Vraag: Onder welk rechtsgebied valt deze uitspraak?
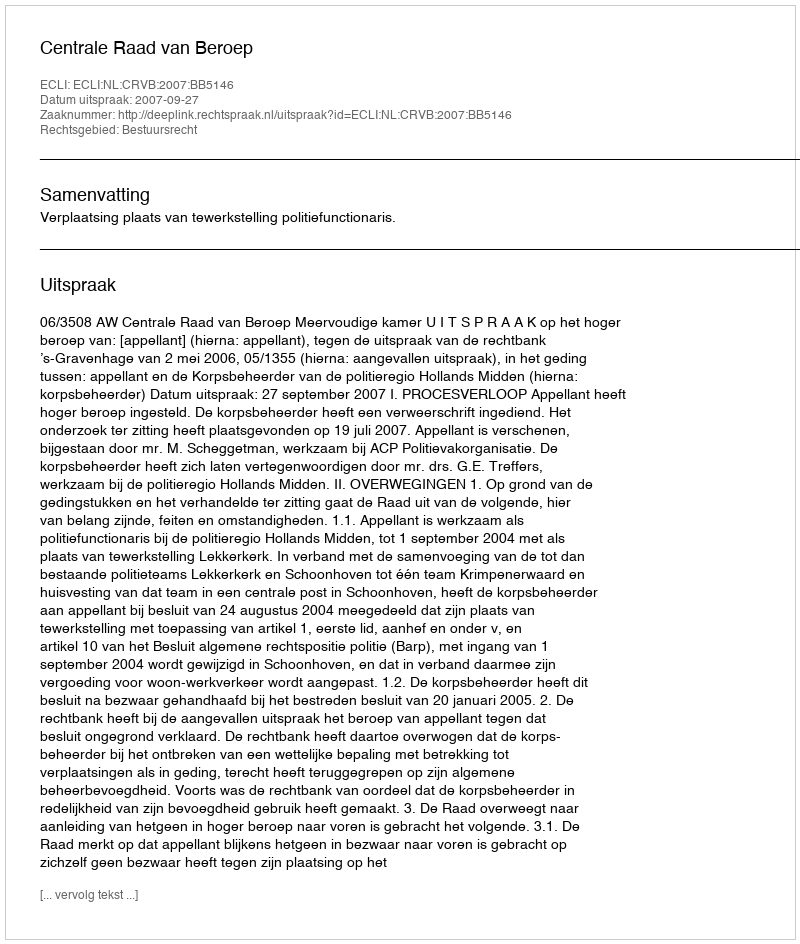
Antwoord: Bestuursrecht